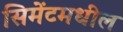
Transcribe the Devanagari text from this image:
सिमेंटमधील